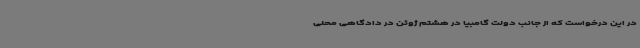
در این درخواست که از جانب دولت گامبیا در هشتم ژوئن در دادگاهی محلی